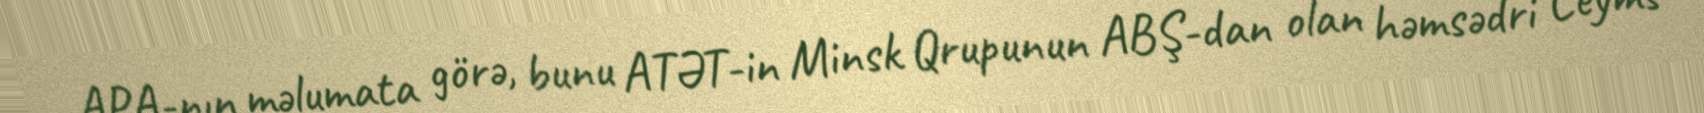
APA-nın məlumata görə, bunu ATƏT-in Minsk Qrupunun ABŞ-dan olan həmsədri Ceyms